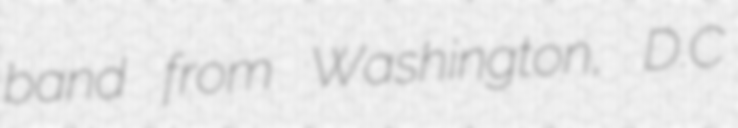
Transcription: band from Washington, D.C